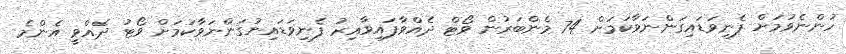
ހުންނެވުމަށް ފެނިވަޑައިގަންނަވާކަމަށް 74 މެންބަރުން ވޯޓް ދެއްވާފައިވާއިރު ފެނިވަޑައިނުގަންނަވާކަމަށް ވޯޓު ދެއްވީ އެންމެ